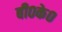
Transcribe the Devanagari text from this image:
बी०के०